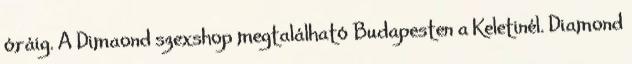
óráig. A Dimaond szexshop megtalálható Budapesten a Keletinél. Diamond